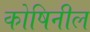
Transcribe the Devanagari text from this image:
कोषिनील